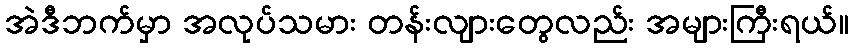
အဲဒီဘက်မှာ အလုပ်သမား တန်းလျားတွေလည်း အများကြီးရယ်။